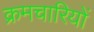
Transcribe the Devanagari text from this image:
क्रमचारियों